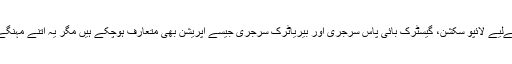
حالیہ برسوں کے دوران وزن گھٹانے اور موٹاپا کم کرنے کےلیے لائپو سکشن، گیسٹرک بائی پاس سرجری اور بیریاٹرک سرجری جیسے آپریشن بھی متعارف ہوچکے ہیں مگر یہ اتنے مہنگے ہیں کہ صرف مال دار لوگ ہی ان سے فائدہ اٹھا سکتے ہیں۔